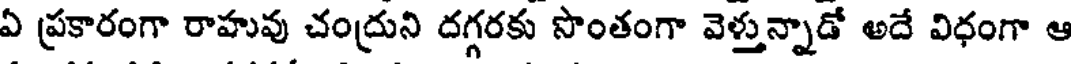
ఏ ప్రకారంగా రాహువు చంద్రుని దగ్గరకు సొంతంగా వెళ్తున్నాడో అదే విధంగా ఆ